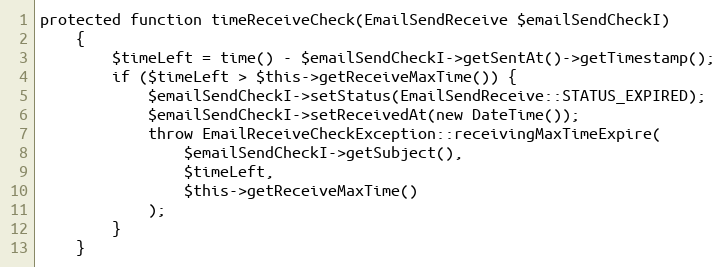
Language: PHP
protected function timeReceiveCheck(EmailSendReceive $emailSendCheckI)
    {
        $timeLeft = time() - $emailSendCheckI->getSentAt()->getTimestamp();
        if ($timeLeft > $this->getReceiveMaxTime()) {
            $emailSendCheckI->setStatus(EmailSendReceive::STATUS_EXPIRED);
            $emailSendCheckI->setReceivedAt(new DateTime());
            throw EmailReceiveCheckException::receivingMaxTimeExpire(
                $emailSendCheckI->getSubject(),
                $timeLeft,
                $this->getReceiveMaxTime()
            );
        }
    }